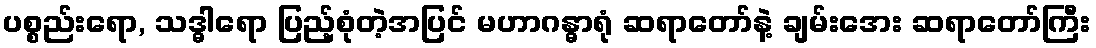
ပစ္စည်းရော, သဒ္ဓါရော ပြည့်စုံတဲ့အပြင် မဟာဂန္ဓာရုံ ဆရာတော်နဲ့ ချမ်းအေး ဆရာတော်ကြီး